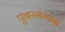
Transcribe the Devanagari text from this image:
पुनरसंरचना